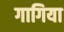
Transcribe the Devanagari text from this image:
गागिया